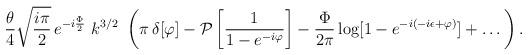
LaTeX: \begin{align*}\frac{\theta}{4}\sqrt{\frac{i\pi}{2}} \,e^{ - i\frac{\Phi}{2}}\,\, k^{3/2} \,\,\left( \pi\, \delta [\varphi] -{\cal P}\left[ \frac{1}{1-e^{-i \varphi}} \right] - \frac{\Phi}{2 \pi} \log [1 - e^{-i(-i \epsilon + \varphi)}] +\dots\right). \end{align*}